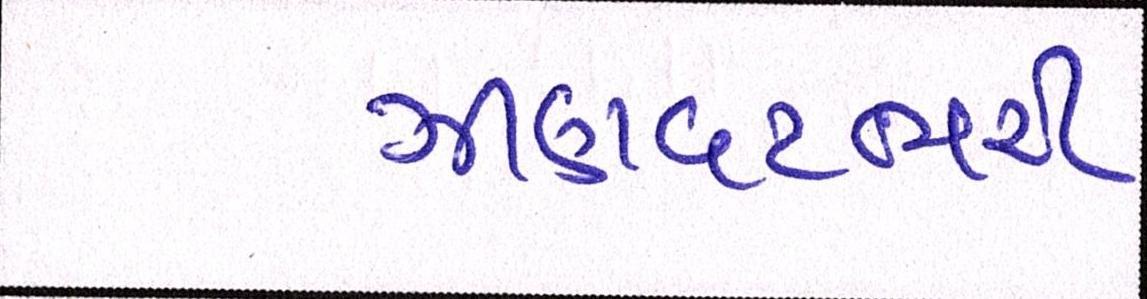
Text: ઝીણવટભરી